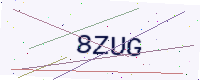
Text: 8ZUG